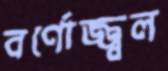
বর্ণোজ্জ্বল